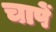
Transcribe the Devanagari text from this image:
चापें